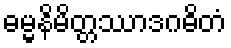
ဓမ္မနိမိတ္တဿာဒဂဓိတံ